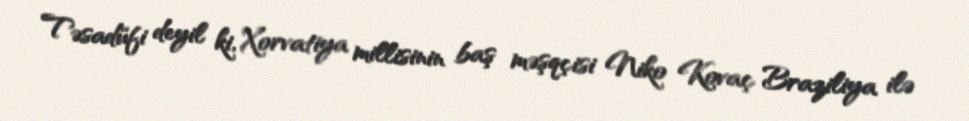
Təsadüfi deyil ki, Xorvatiya millisinin baş məşqçisi Niko Kovaç Braziliya ilə